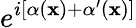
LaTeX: e^{i[\alpha(\mathbf{x})+\alpha^{\prime}(\mathbf{x})]}